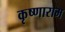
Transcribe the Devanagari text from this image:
कृष्णाराम